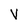
Character: V